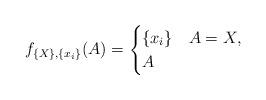
LaTeX: \begin{align*}f_{\{X\},\{x_i\}}(A)=\begin{cases}\{x_i\} & A=X,\\A & \end{cases}\end{align*}